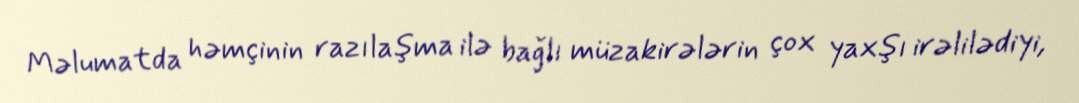
Məlumatda həmçinin razılaşma ilə bağlı müzakirələrin çox yaxşı irəlilədiyi,